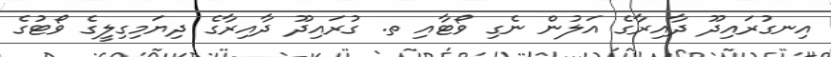
އިނގުރައިދޫ ދާއިރާގެ އަލުން ނެގި ވޯޓާއި ތ. ގުރައިދޫ ދާއިރާގެ ދިޔަމިގިލީގެ ވޯޓުގެ